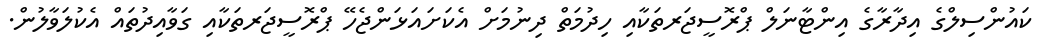
ކައުންސިލްގެ އިދާރާގެ އިންޓާނަލް ޕްރޮސީޖަރތަކާއި ހިދުމަތް ދިނުމަށް އެކަށައަޅަންޖެހޭ ޕްރޮސީޖަރތަކާއި ގަވާއިދުތައް އެކުލަވާލުން.